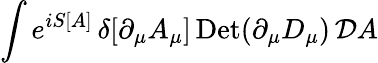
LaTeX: \int e^{iS[A]}\, \delta[\partial_{\mu}A_{\mu}]\, \mathrm{Det}(\partial_{\mu}D_{\mu})\, {\cal D}A